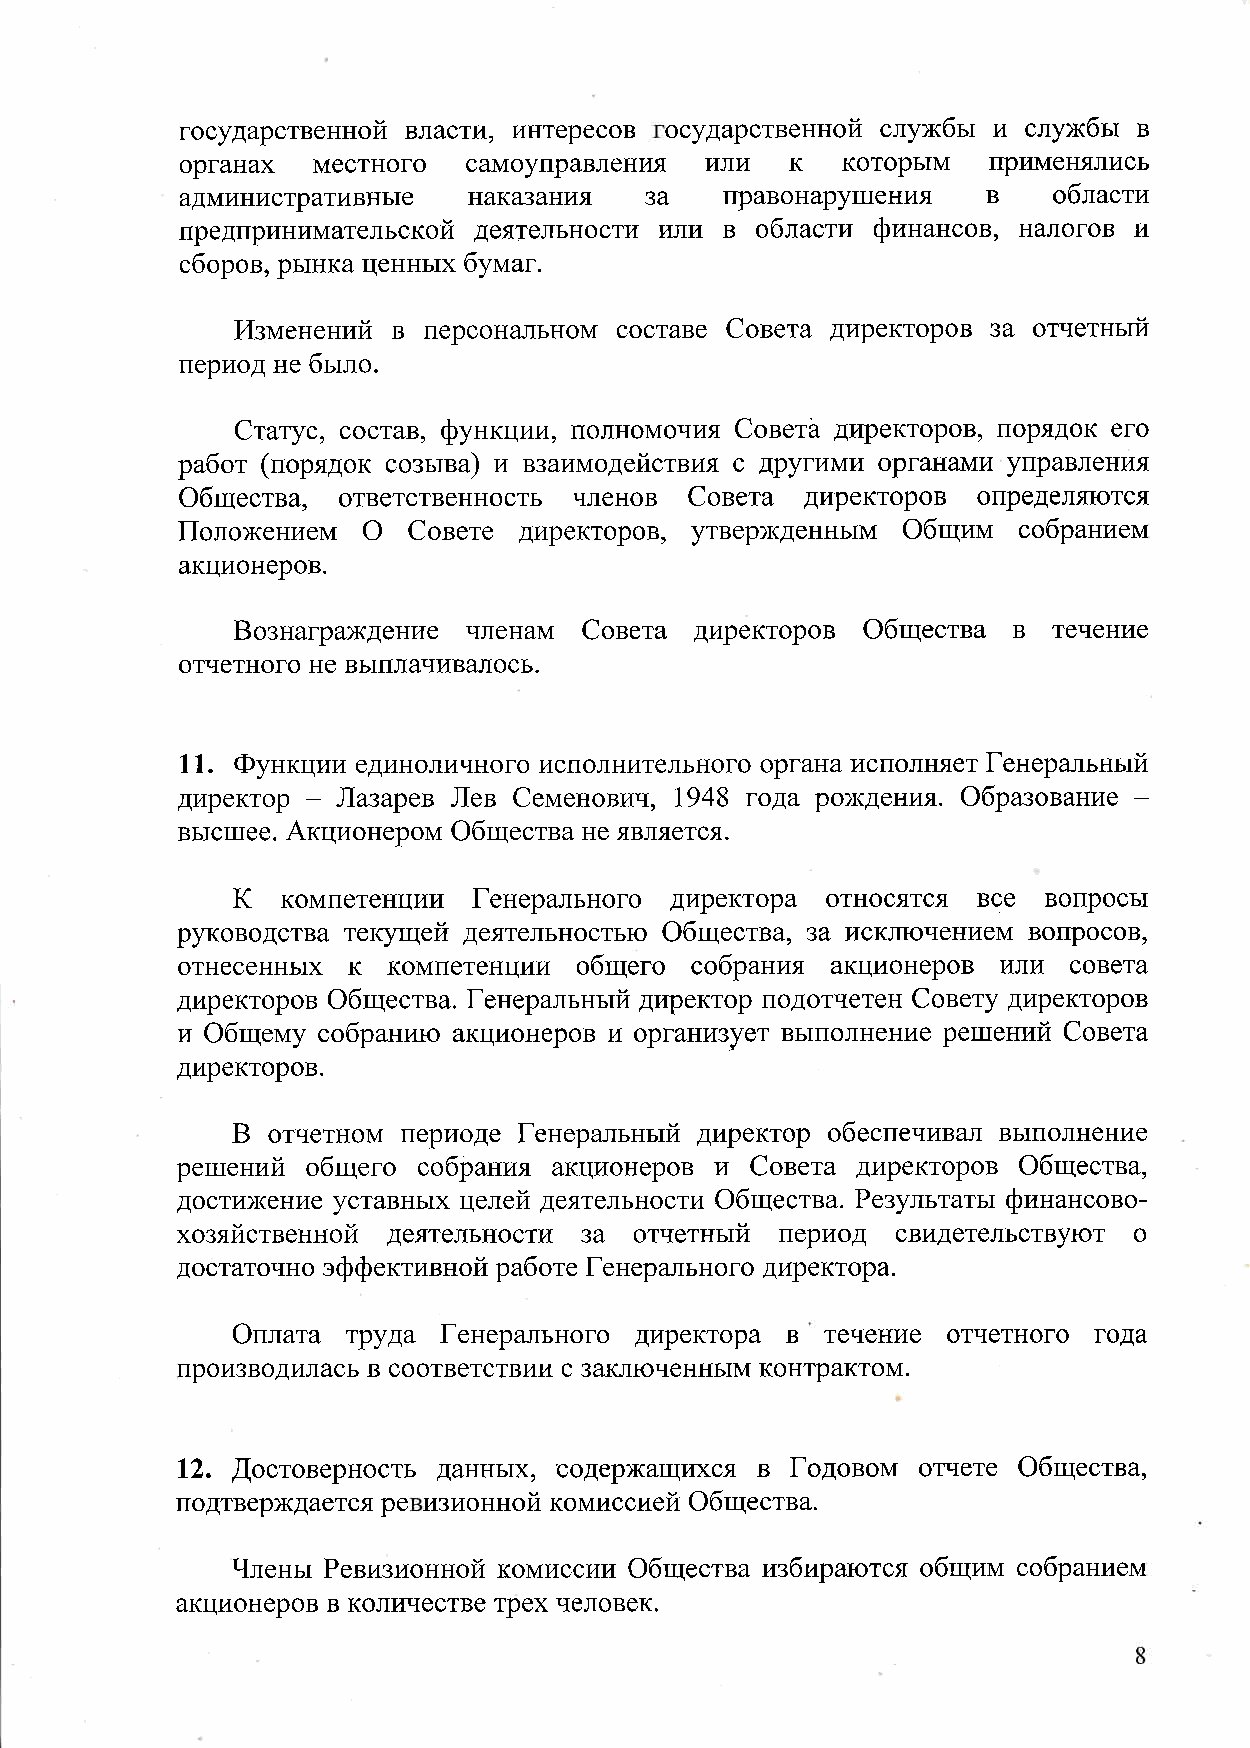
государственной  власти   интересов  осударственной  службы  и  службы  в
 органах  местного  самоуправления  или  к   которым   примеш  лись
 административные   наказания   за   правонарушения   в    области
 предпринимательской  деятельности  или  в  области  финансов   налогов  и
 сборов   рынка  ценных  бумаг
 Изменений  в  персональном  составе  Совета  директоров  за  отчетный
 период  не  было
 Статус   состав   функции   полномочия  СоветЬ  директоров   порядок  его
 работ   порядок  созыва   и  взаимодействия  с  другими  органами  управления
 Общества   ответственность  членов  Совета  директоров  определяются
 Положением  О  Совете  директоров   утвержден   ым  Общим собранием
 акционеров
 Вознаграждение  членам  Совета  директоров  Общества  в  течение
 отчетного  не  выплачив€   ось
 Функции  единоличного  исполнителъного  органа  исполняет  Генеральный
 директор    Лазарев  Лев  Семенович        года  рождения   Образование
 высшее   Акционером  Общества  не  является
 К   компетенции  Генерального  директора  относятся  все  вопросы
 руководства  текущей  деятельностъю  Общества   за  исключением  вопросов
 отнесенных  к  компетенции  общего  собрания  акционеров  или  совета
 директоров  Общества   Генеральный  директор  подотчетен  Совету  директоров
 и  Общему  собранию  акционеров  и  организует  выполнение  решений  Совета
 директоров
 В
 отчетном  периоде  Генеральный  директор  обеспечив€    выполнение
 решений  общего  собрания  акционеров  и  Совета  директоров  Общества
 достижение  уставных  целей  деятельности  Общества   Результаты  финансово
 хозяйственной  деятелъности  за  отчетный  период  свидетельствуют  о
 достаточно  эффективной  работе  Генерального  директора
 Оплата  труда  Генерального  директора  в  течение  отчетного  года
 производилась  в  соответствии  с  заключенным  контрактом
 Щостоверность  данных   содержащихся  в  Годовом  отчете  Общества
 подтверждается  ре  изионной  комиссией  Общества
 Члены  Ревизионной  комиссии  Общества  избираются  общим  собранием
 акционеров  в  количестве  трех  человек